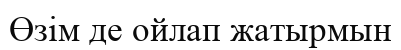
Өзім де ойлап жатырмын